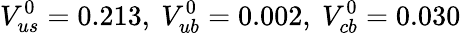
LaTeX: V_{us}^{0}=0.213,~V_{ub}^{0}=0.002,~V_{cb}^{0}=0.030